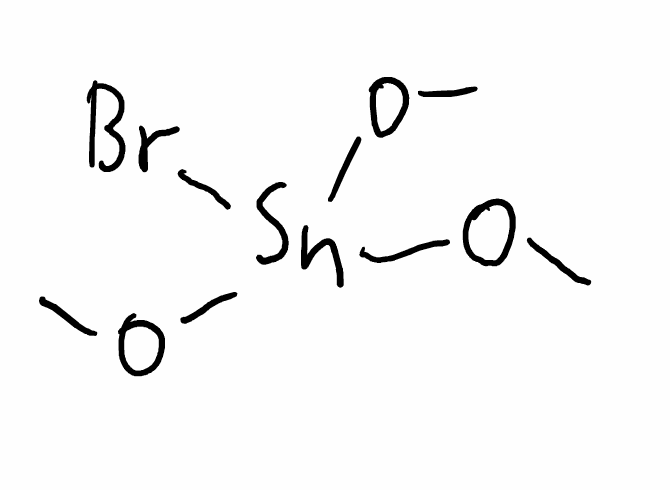
Simplified molecular-input line-entry system (SMILES) notation of the given molecule:
CO[Sn](OC)(OC)Br